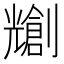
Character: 𫤤